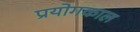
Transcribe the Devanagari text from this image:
प्रयोगकाल